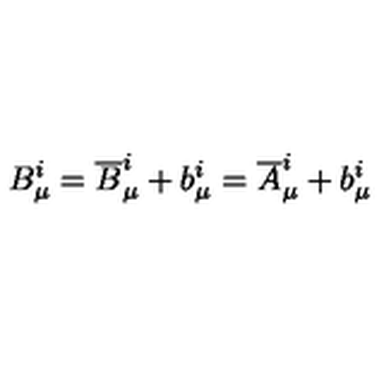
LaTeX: B _ { \mu } ^ { i } = { \overline { B } } _ { \mu } ^ { i } + b _ { \mu } ^ { i } = { \overline { A } } _ { \mu } ^ { i } + b _ { \mu } ^ { i }